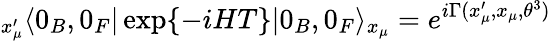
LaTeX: {}_{x_{\mu}^{\prime}}\langle 0_{B},0_{F}|\exp\{ -iHT\} |0_{B},0_{F}\rangle_{x_{\mu}}=e^{i\Gamma(x_{\mu}^{\prime},x_{\mu},\theta^{3})}